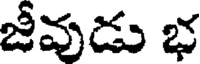
జీవుడు భ